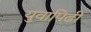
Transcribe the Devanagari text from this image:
युवापिढी